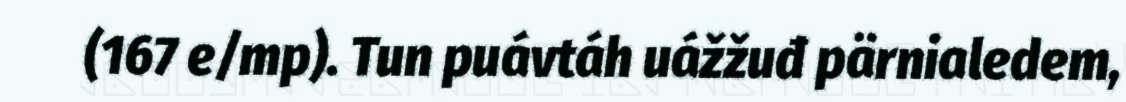
(167 e/mp). Tun puávtáh uážžuđ pärnialedem,